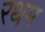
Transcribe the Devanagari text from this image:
रथम